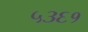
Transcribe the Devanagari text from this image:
५३६१